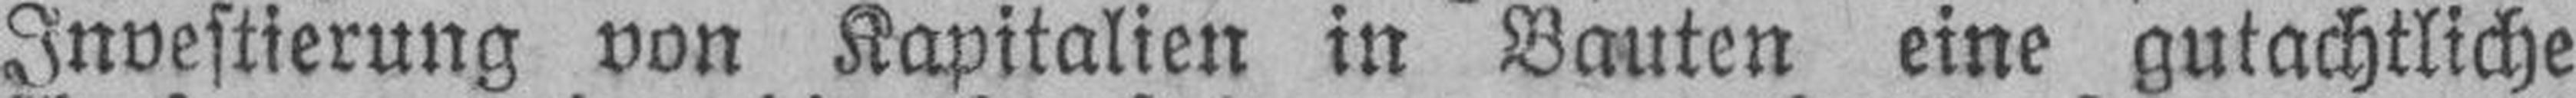
Investierung von Kapitalien in Bauten eine gutachtliche